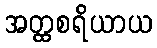
အတ္ထစရိယာယ